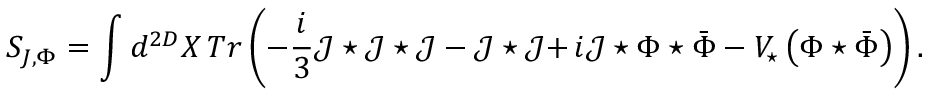
S _ { J , \Phi } = \int d ^ { 2 D } X \, T r \left( - \frac { i } { 3 } \mathcal { J } \star \mathcal { J } \star \mathcal { J } - \mathcal { J } \star \mathcal { J } \mathbf { + \, } i \mathcal { J } \star \Phi \star \bar { \Phi } - V _ { \star } \left( \Phi \star \bar { \Phi } \right) \right) .